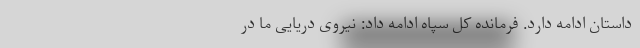
داستان ادامه دارد. فرمانده کل سپاه ادامه داد: نیروی دریایی ما در